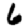
Digit: 6